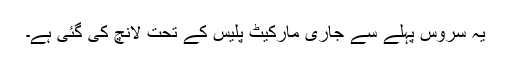
یہ سروس پہلے سے جاری مارکیٹ پلیس کے تحت لانچ کی گئی ہے۔